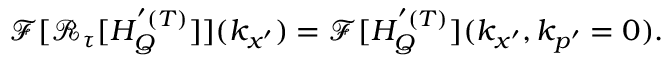
\begin{array} { r } { \mathcal { F } [ \mathcal { R } _ { \tau } [ H _ { Q } ^ { ' ( T ) } ] ] ( k _ { x ^ { \prime } } ) = \mathcal { F } [ H _ { Q } ^ { ' ( T ) } ] ( k _ { x ^ { \prime } } , k _ { p ^ { \prime } } = 0 ) . } \end{array}